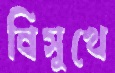
বিসুখে